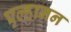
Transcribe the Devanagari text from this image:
एल्हानन